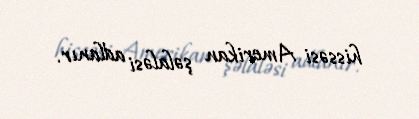
hissəsi Amerikan şəlaləsi adlanır.